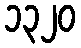
၁၃၂၀